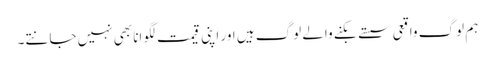
ہم لوگ واقعی سستے بکنے والے لوگ ہیں اور اپنی قیمت لگوانا بھی نہیں جانتے۔